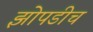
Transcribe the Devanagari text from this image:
झोपडीच